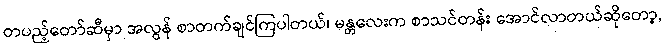
တပည့်တော်ဆီမှာ အလွန် စာတက်ချင်ကြပါတယ်၊ မန္တလေးက စာသင်တန်း အောင်လာတယ်ဆိုတော့,